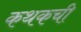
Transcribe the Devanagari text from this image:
कथकची